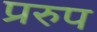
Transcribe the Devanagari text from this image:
प्ररुप